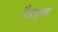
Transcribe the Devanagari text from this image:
पैडयुक्त